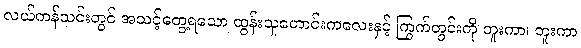
လယ်ကန်သင်းတွင် အသင့်တွေ့ရသော ထွန်းသူဟောင်းကလေးနှင့် ကြွက်တွင်းကို တူးကာ၊ တူးကာ